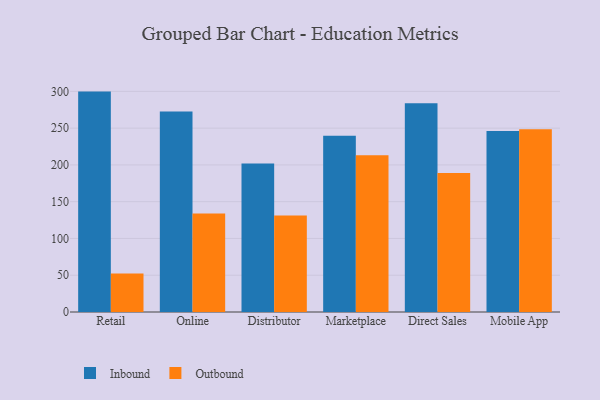
{"axis": {"x": "Channel", "y": "Bounce Rate (%)"}, "legend": ["Inbound", "Outbound"], "data": [{"x": "Retail", "y": 299.7, "type": "Inbound"}, {"x": "Retail", "y": 52.3, "type": "Outbound"}, {"x": "Online", "y": 272.7, "type": "Inbound"}, {"x": "Online", "y": 133.9, "type": "Outbound"}, {"x": "Distributor", "y": 202.1, "type": "Inbound"}, {"x": "Distributor", "y": 131.3, "type": "Outbound"}, {"x": "Marketplace", "y": 239.7, "type": "Inbound"}, {"x": "Marketplace", "y": 213.1, "type": "Outbound"}, {"x": "Direct Sales", "y": 283.8, "type": "Inbound"}, {"x": "Direct Sales", "y": 189.1, "type": "Outbound"}, {"x": "Mobile App", "y": 246.0, "type": "Inbound"}, {"x": "Mobile App", "y": 248.6, "type": "Outbound"}]}